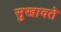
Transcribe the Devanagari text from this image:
सुखावते